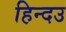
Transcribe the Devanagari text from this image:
हिन्दउ